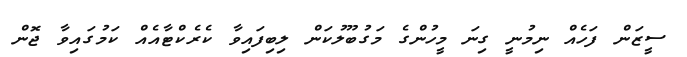
ސީޒަން ފަހެއް ނިމުނީ ގިނަ މީހުންގެ މަގުބޫލުކަން ލިބިފައިވާ ކެރެކްޓާއެއް ކަމުގައިވާ ޖޮޮން